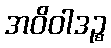
အဝိဝါဒဉ္စ